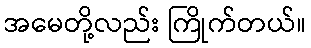
အမေတို့လည်း ကြိုက်တယ်။